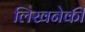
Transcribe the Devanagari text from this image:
लिखनेकी